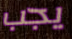
يجب